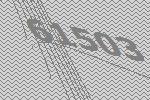
61503